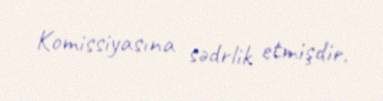
Komissiyasına sədrlik etmişdir.